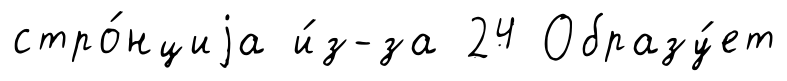
стро́нциjа и́з-за 24 Образу́ет